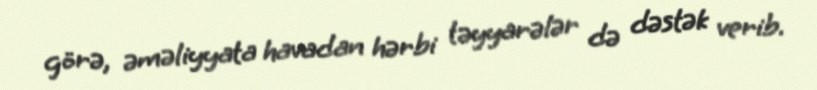
görə, əməliyyata havadan hərbi təyyarələr də dəstək verib.